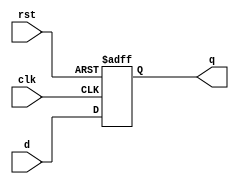
`timescale 1ns/1ns

module dff (input d,  
              input rst,  
              input clk,  
              output reg q);  
  
    always @ (posedge clk or posedge rst) begin
       if (rst)  
          q <= 1'b0;  
       else  
          q <= d;  
    end
endmodule